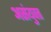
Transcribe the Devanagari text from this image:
असंयुक्‍त